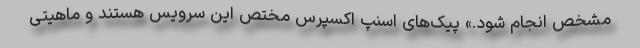
مشخص انجام شود.» پیک‌های اسنپ اکسپرس مختص این سرویس هستند و ماهیتی